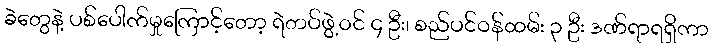
ခဲတွေနဲ့ ပစ်ပေါက်မှုကြောင့်တော့ ရဲတပ်ဖွဲ့ဝင် ၄ ဦး၊ စည်ပင်ဝန်ထမ်း ၃ ဦး ဒဏ်ရာရရှိကာ